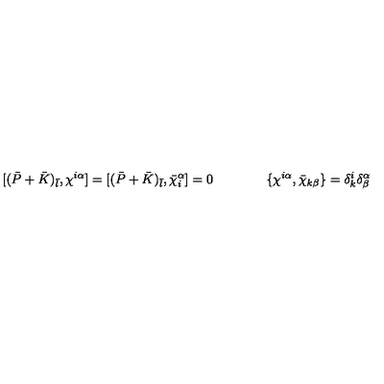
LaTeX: \lbrack ( \bar { P } + \bar { K } ) _ { \bar { l } } , \chi ^ { i \alpha } \rbrack = \lbrack ( \bar { P } + \bar { K } ) _ { \bar { l } } , \bar { \chi } _ { i } ^ { \alpha } \rbrack = 0 \qquad \qquad \{ \chi ^ { i \alpha } , \bar { \chi } _ { k \beta } \} = \delta _ { k } ^ { i } \delta _ { \beta } ^ { \alpha }